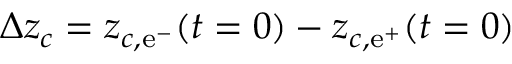
\Delta z _ { c } = z _ { c , \mathrm { e } ^ { - } } ( t = 0 ) - z _ { c , \mathrm { e } ^ { + } } ( t = 0 )